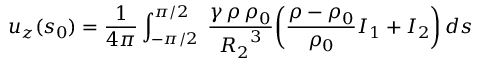
u _ { z } ( s _ { 0 } ) = \frac { 1 } { 4 \pi } \int _ { - \pi / 2 } ^ { \pi / 2 } \; \frac { \gamma \, \rho \, \rho _ { 0 } } { { R _ { 2 } } ^ { 3 } } \bigg ( \frac { \rho - \rho _ { 0 } } { \rho _ { 0 } } I _ { 1 } + I _ { 2 } \bigg ) \, d s